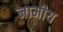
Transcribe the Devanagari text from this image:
नामीय